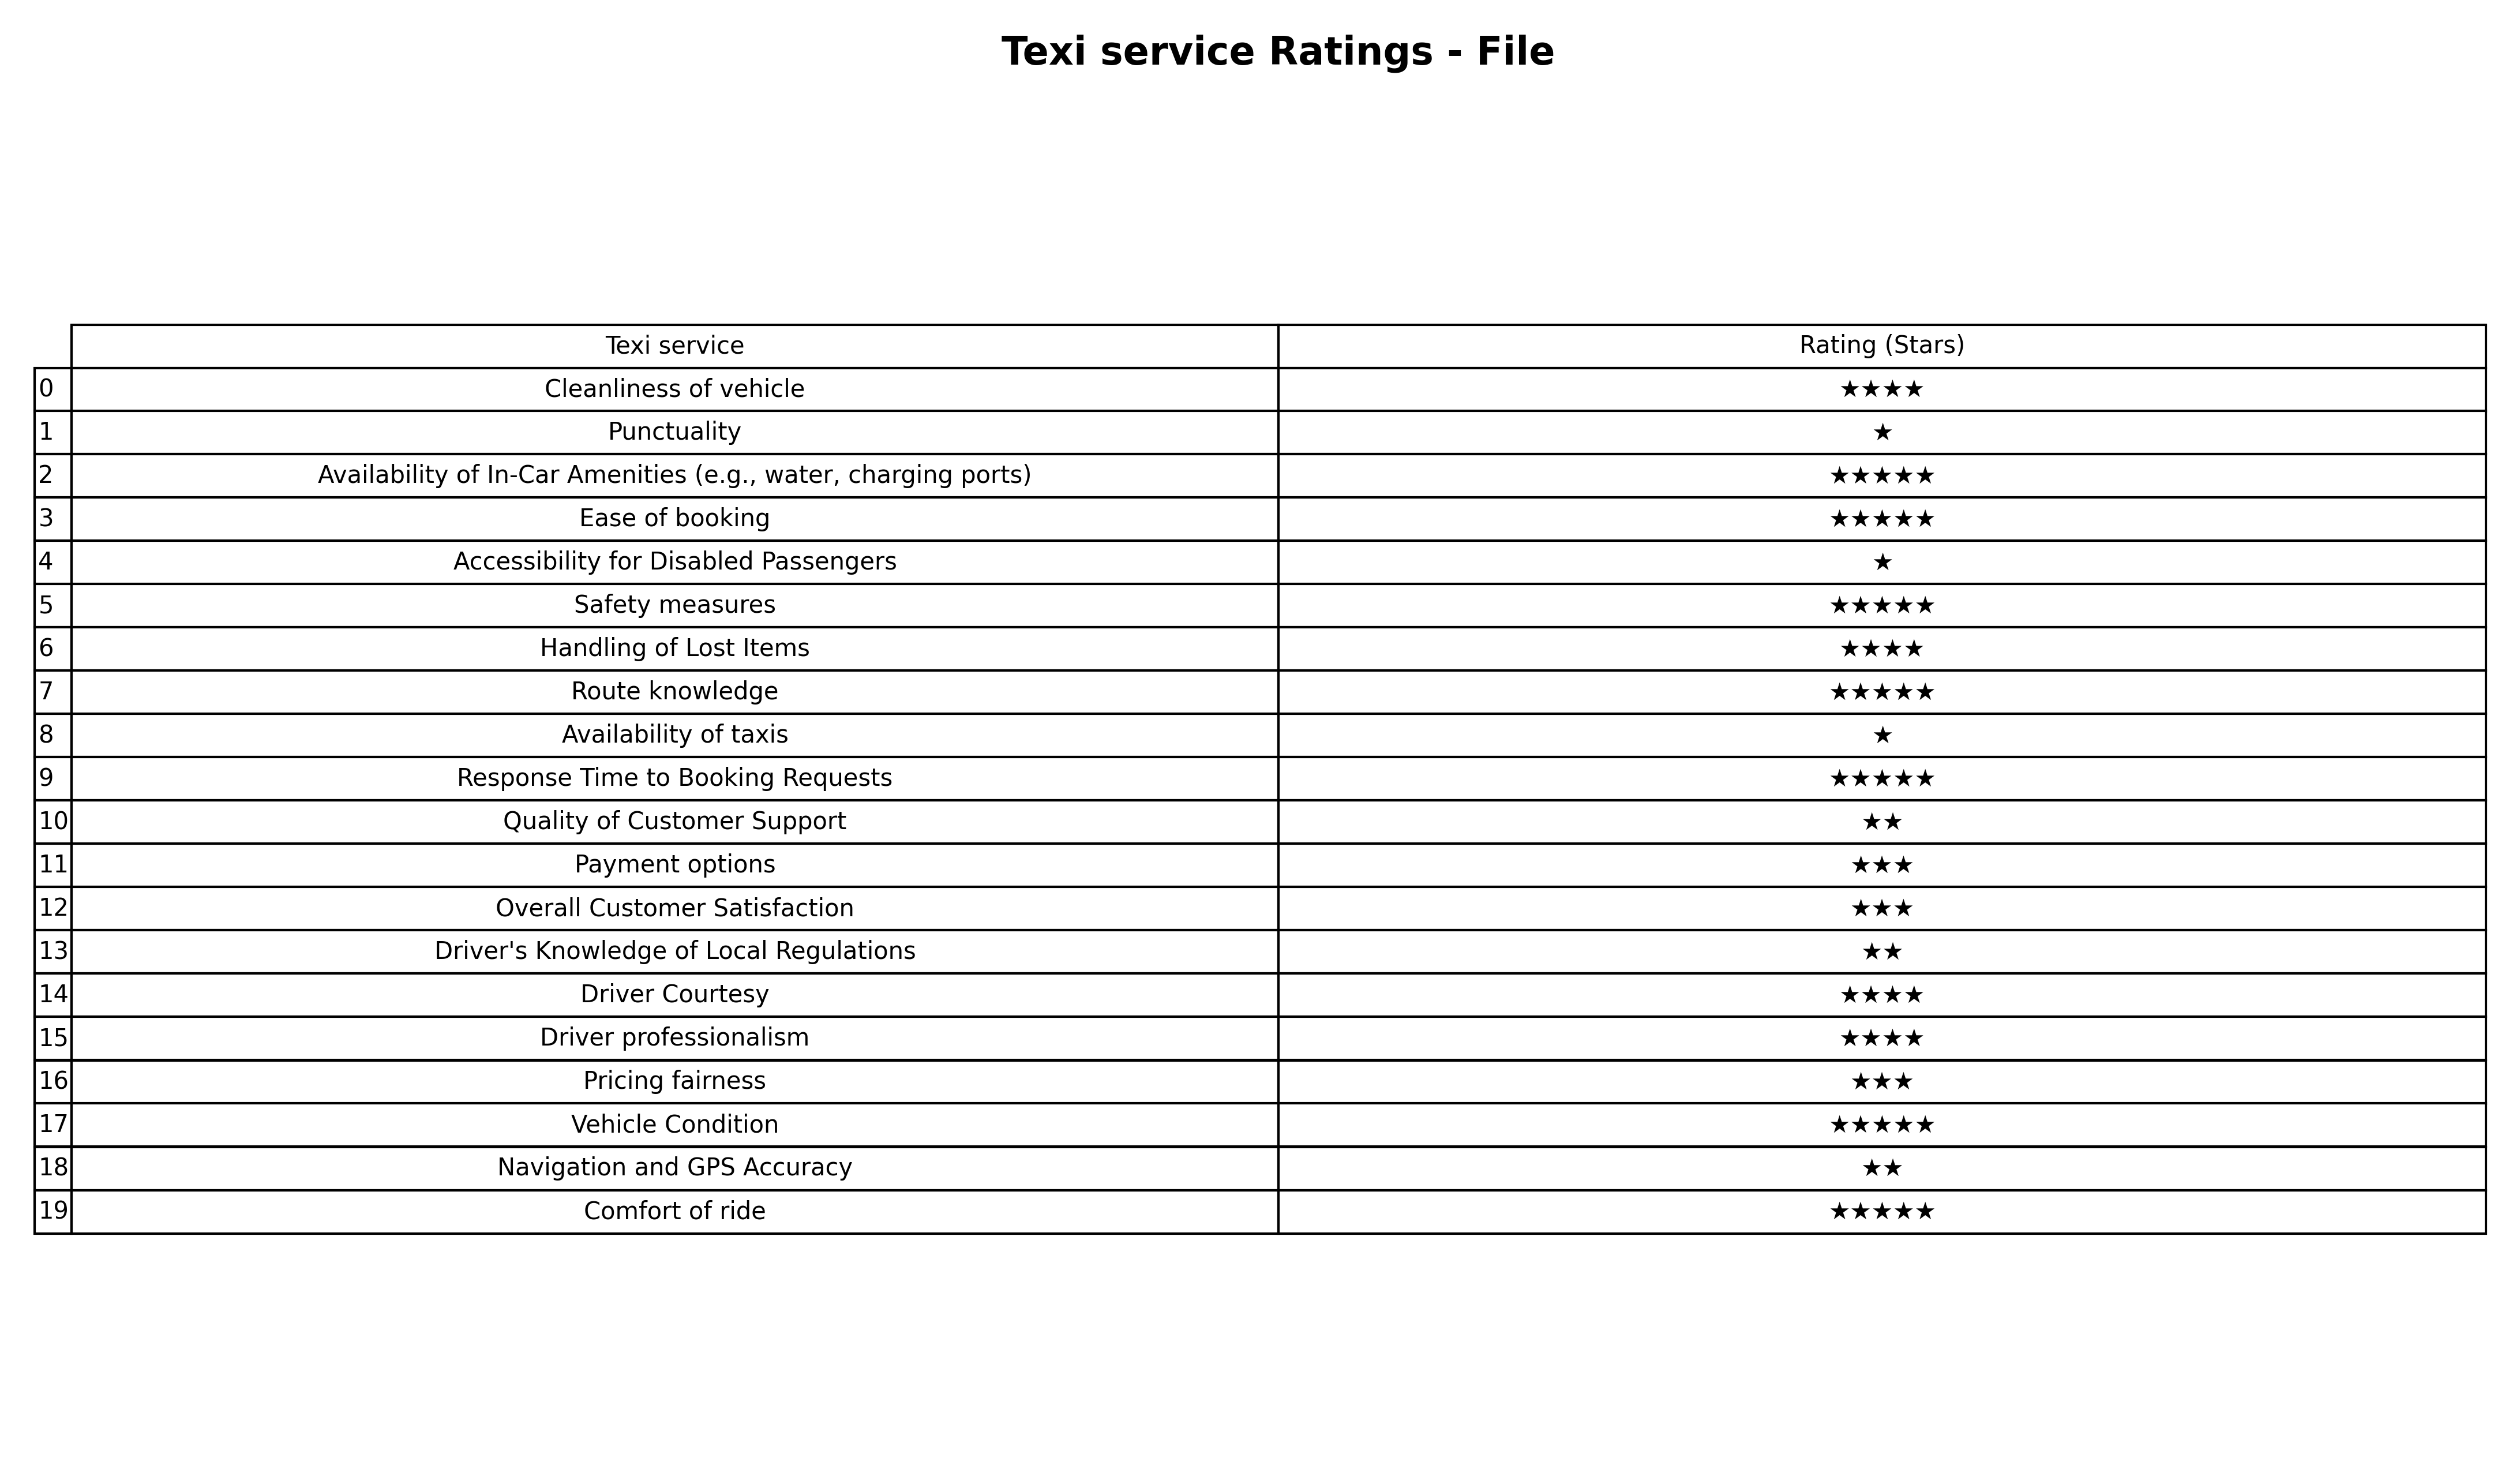
question: What are one star services?
answer: PunctualityAccessibility for Disabled PassengersAvailability of taxis